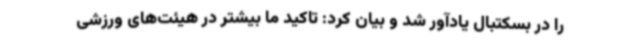
را در بسکتبال یادآور شد و بیان کرد: تاکید ما بیشتر در هیئت‌های ورزشی